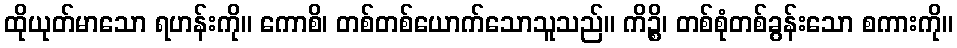
ထိုယုတ်မာသော ရဟန်းကို။ ကောစိ၊ တစ်တစ်ယောက်သောသူသည်။ ကိဉ္စိ၊ တစ်စုံတစ်ခွန်းသော စကားကို။